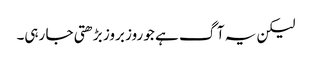
لیکن یہ آگ ہے جو روز بروز بڑھتی جا رہی۔